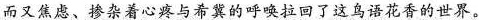
而又焦虑、掺杂着心疼与希冀的呼唤拉回了这鸟语花香的世界。